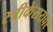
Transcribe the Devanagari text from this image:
स्त्रीकेसरावर